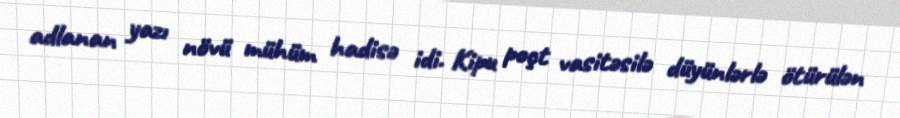
adlanan yazı növü mühüm hadisə idi. Kipu poçt vasitəsilə düyünlərlə ötürülən